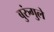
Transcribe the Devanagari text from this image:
बुरुंगुले